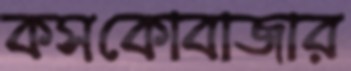
কসকোবাজার